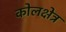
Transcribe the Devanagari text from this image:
कोलक्षेत्र